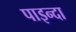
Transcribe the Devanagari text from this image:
पाइन्दा